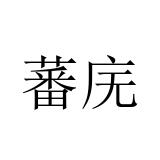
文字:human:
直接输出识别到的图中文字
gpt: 蕃庑